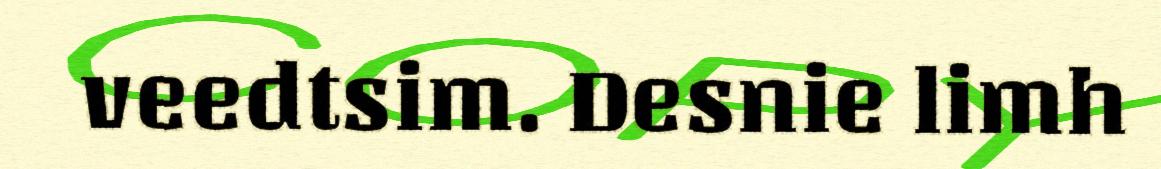
veedtsim. Desnie limh